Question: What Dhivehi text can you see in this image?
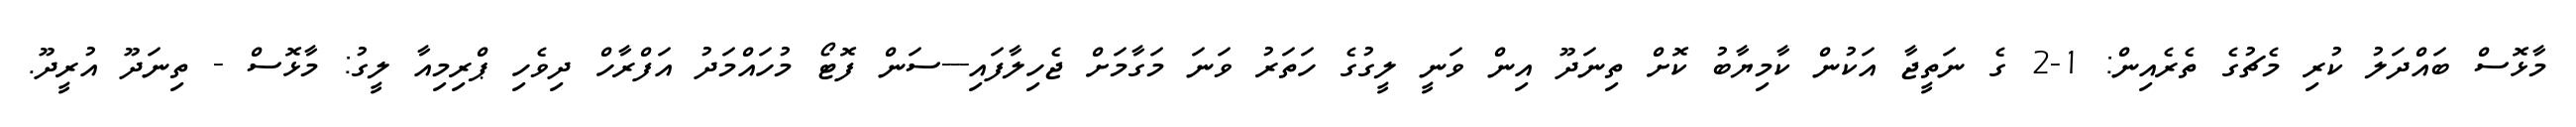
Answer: މާޅޮސް ބައްދަލު ކުރި މެޗުގެ ތެރެއިން: 1-2 ގެ ނަތީޖާ އަކުން ކާމިޔާބު ކޮށް ތިނަދޫ އިން ވަނީ ލީގުގެ ހަތަރު ވަނަ މަގާމަށް ޖެހިލާފައި---ސަން ފޮޓޯ މުހައްމަދު އަފްރާހް ދިވެހި ޕްރިމިއާ ލީގު: މާޅޮސް - ތިނަދޫ އުރީދޫ.